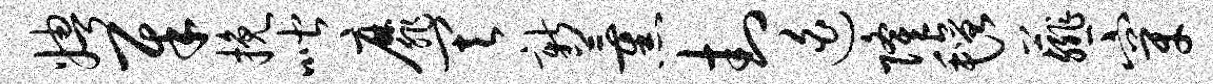
娉犀挽喈靡其新薰封迫隆毡薤穿